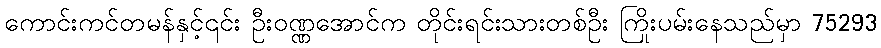
ကောင်းကင်တမန်နှင့်၎င်း ဦးဝဏ္ဏအောင်က တိုင်းရင်းသားတစ်ဦး ကြိုးပမ်းနေသည်မှာ 75293